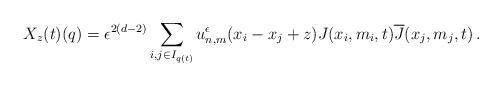
LaTeX: \begin{align*}X_z(t) (q) = \epsilon^{2(d-2)} \sum_{i,j \in I_{q(t)}} u_{n,m}^{\epsilon} (x_i- x_j + z) J (x_i,m_i,t) \overline{J}(x_j,m_j,t) \, .\end{align*}